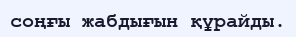
соңғы жабдығын құрайды.